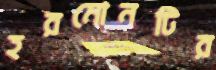
হরমোনটির